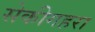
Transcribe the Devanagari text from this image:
सेकीगहरा